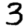
Digit: 3